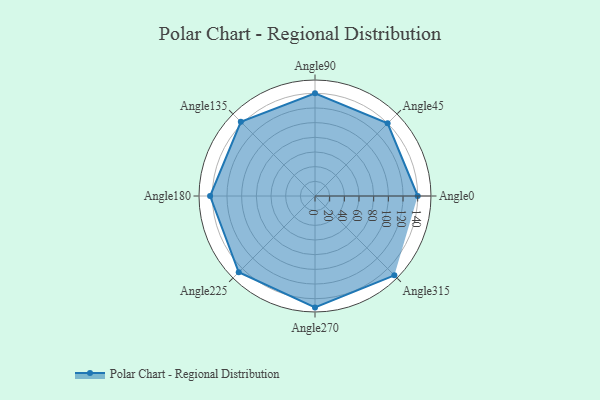
{"axis": {"x": "Angle", "y": "Radius"}, "legend": [""], "data": [{"x": "Angle0", "y": 140.0, "type": ""}, {"x": "Angle45", "y": 140.0, "type": ""}, {"x": "Angle90", "y": 140.0, "type": ""}, {"x": "Angle135", "y": 143.0, "type": ""}, {"x": "Angle180", "y": 143.0, "type": ""}, {"x": "Angle225", "y": 147.0, "type": ""}, {"x": "Angle270", "y": 152.0, "type": ""}, {"x": "Angle315", "y": 153.0, "type": ""}]}